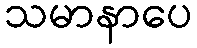
သမာနာပေ